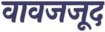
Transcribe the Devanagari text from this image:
वावजजूद